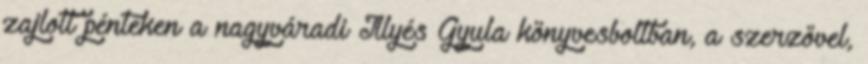
zajlott pénteken a nagyváradi Illyés Gyula könyvesboltban, a szerzővel,